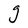
Character: g